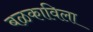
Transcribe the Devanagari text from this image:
बळकाविला